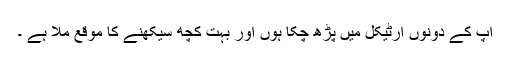
آپ کے دونوں آرٹیکل میں پڑھ چکا ہوں اور بہت کچھ سیکھنے کا موقع ملا ہے ۔